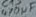
Text: 470µF